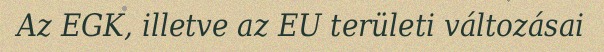
Az EGK, illetve az EU területi változásai